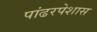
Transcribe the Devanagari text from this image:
पांढरपेशास